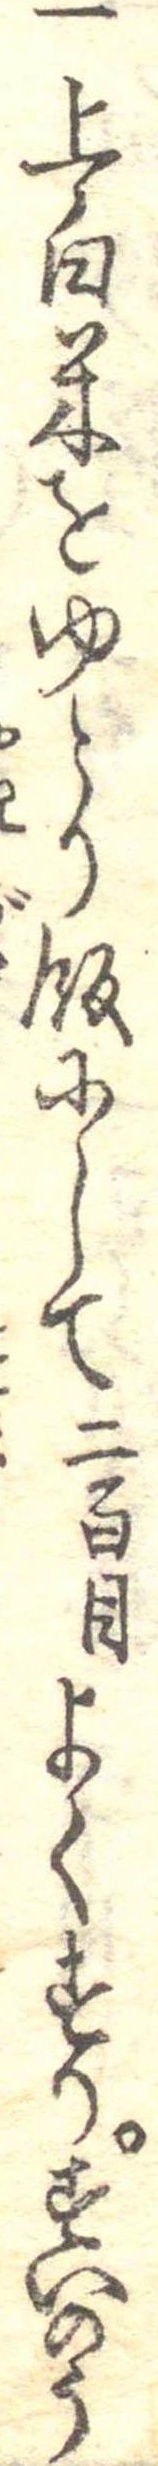
一上白米をゆとり飯にして二百目よくすりすいのう